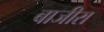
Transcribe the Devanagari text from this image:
बाजीरा